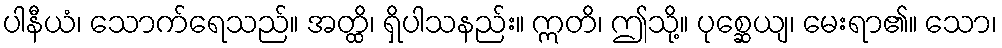
ပါနီယံ၊ သောက်ရေသည်။ အတ္ထိ၊ ရှိပါသနည်း။ ဣတိ၊ ဤသို့။ ပုစ္ဆေယျ၊ မေးရာ၏။ သော၊